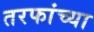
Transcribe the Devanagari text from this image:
तरफांच्या